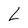
Character: L